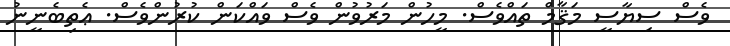
ވެސް ސިޔާސީ މަޤާމް ތައްވެސް. މީހުން މަރުވުން ވެސް ވައްކަން ކުރުންވެސް. ޢެތިބެނީނު